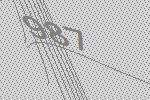
987